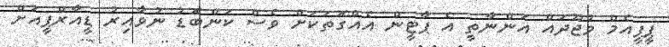
ޕީޕީއެމް ވުޖޫދައް އަންނާތީ އެ ޕާޓީން އެއްގޮތަކަށް ވެސް ކަންބޮޑު ނުވާއިރު ޑީއާރްޕީއަށް